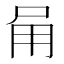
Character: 𭺸